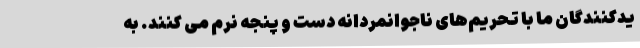
یدکنندگان ما با تحریم‌های ناجوانمردانه دست و پنجه نرم می‌ کنند. به